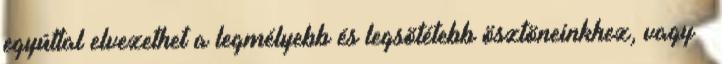
egyúttal elvezethet a legmélyebb és legsötétebb ösztöneinkhez, vagy –